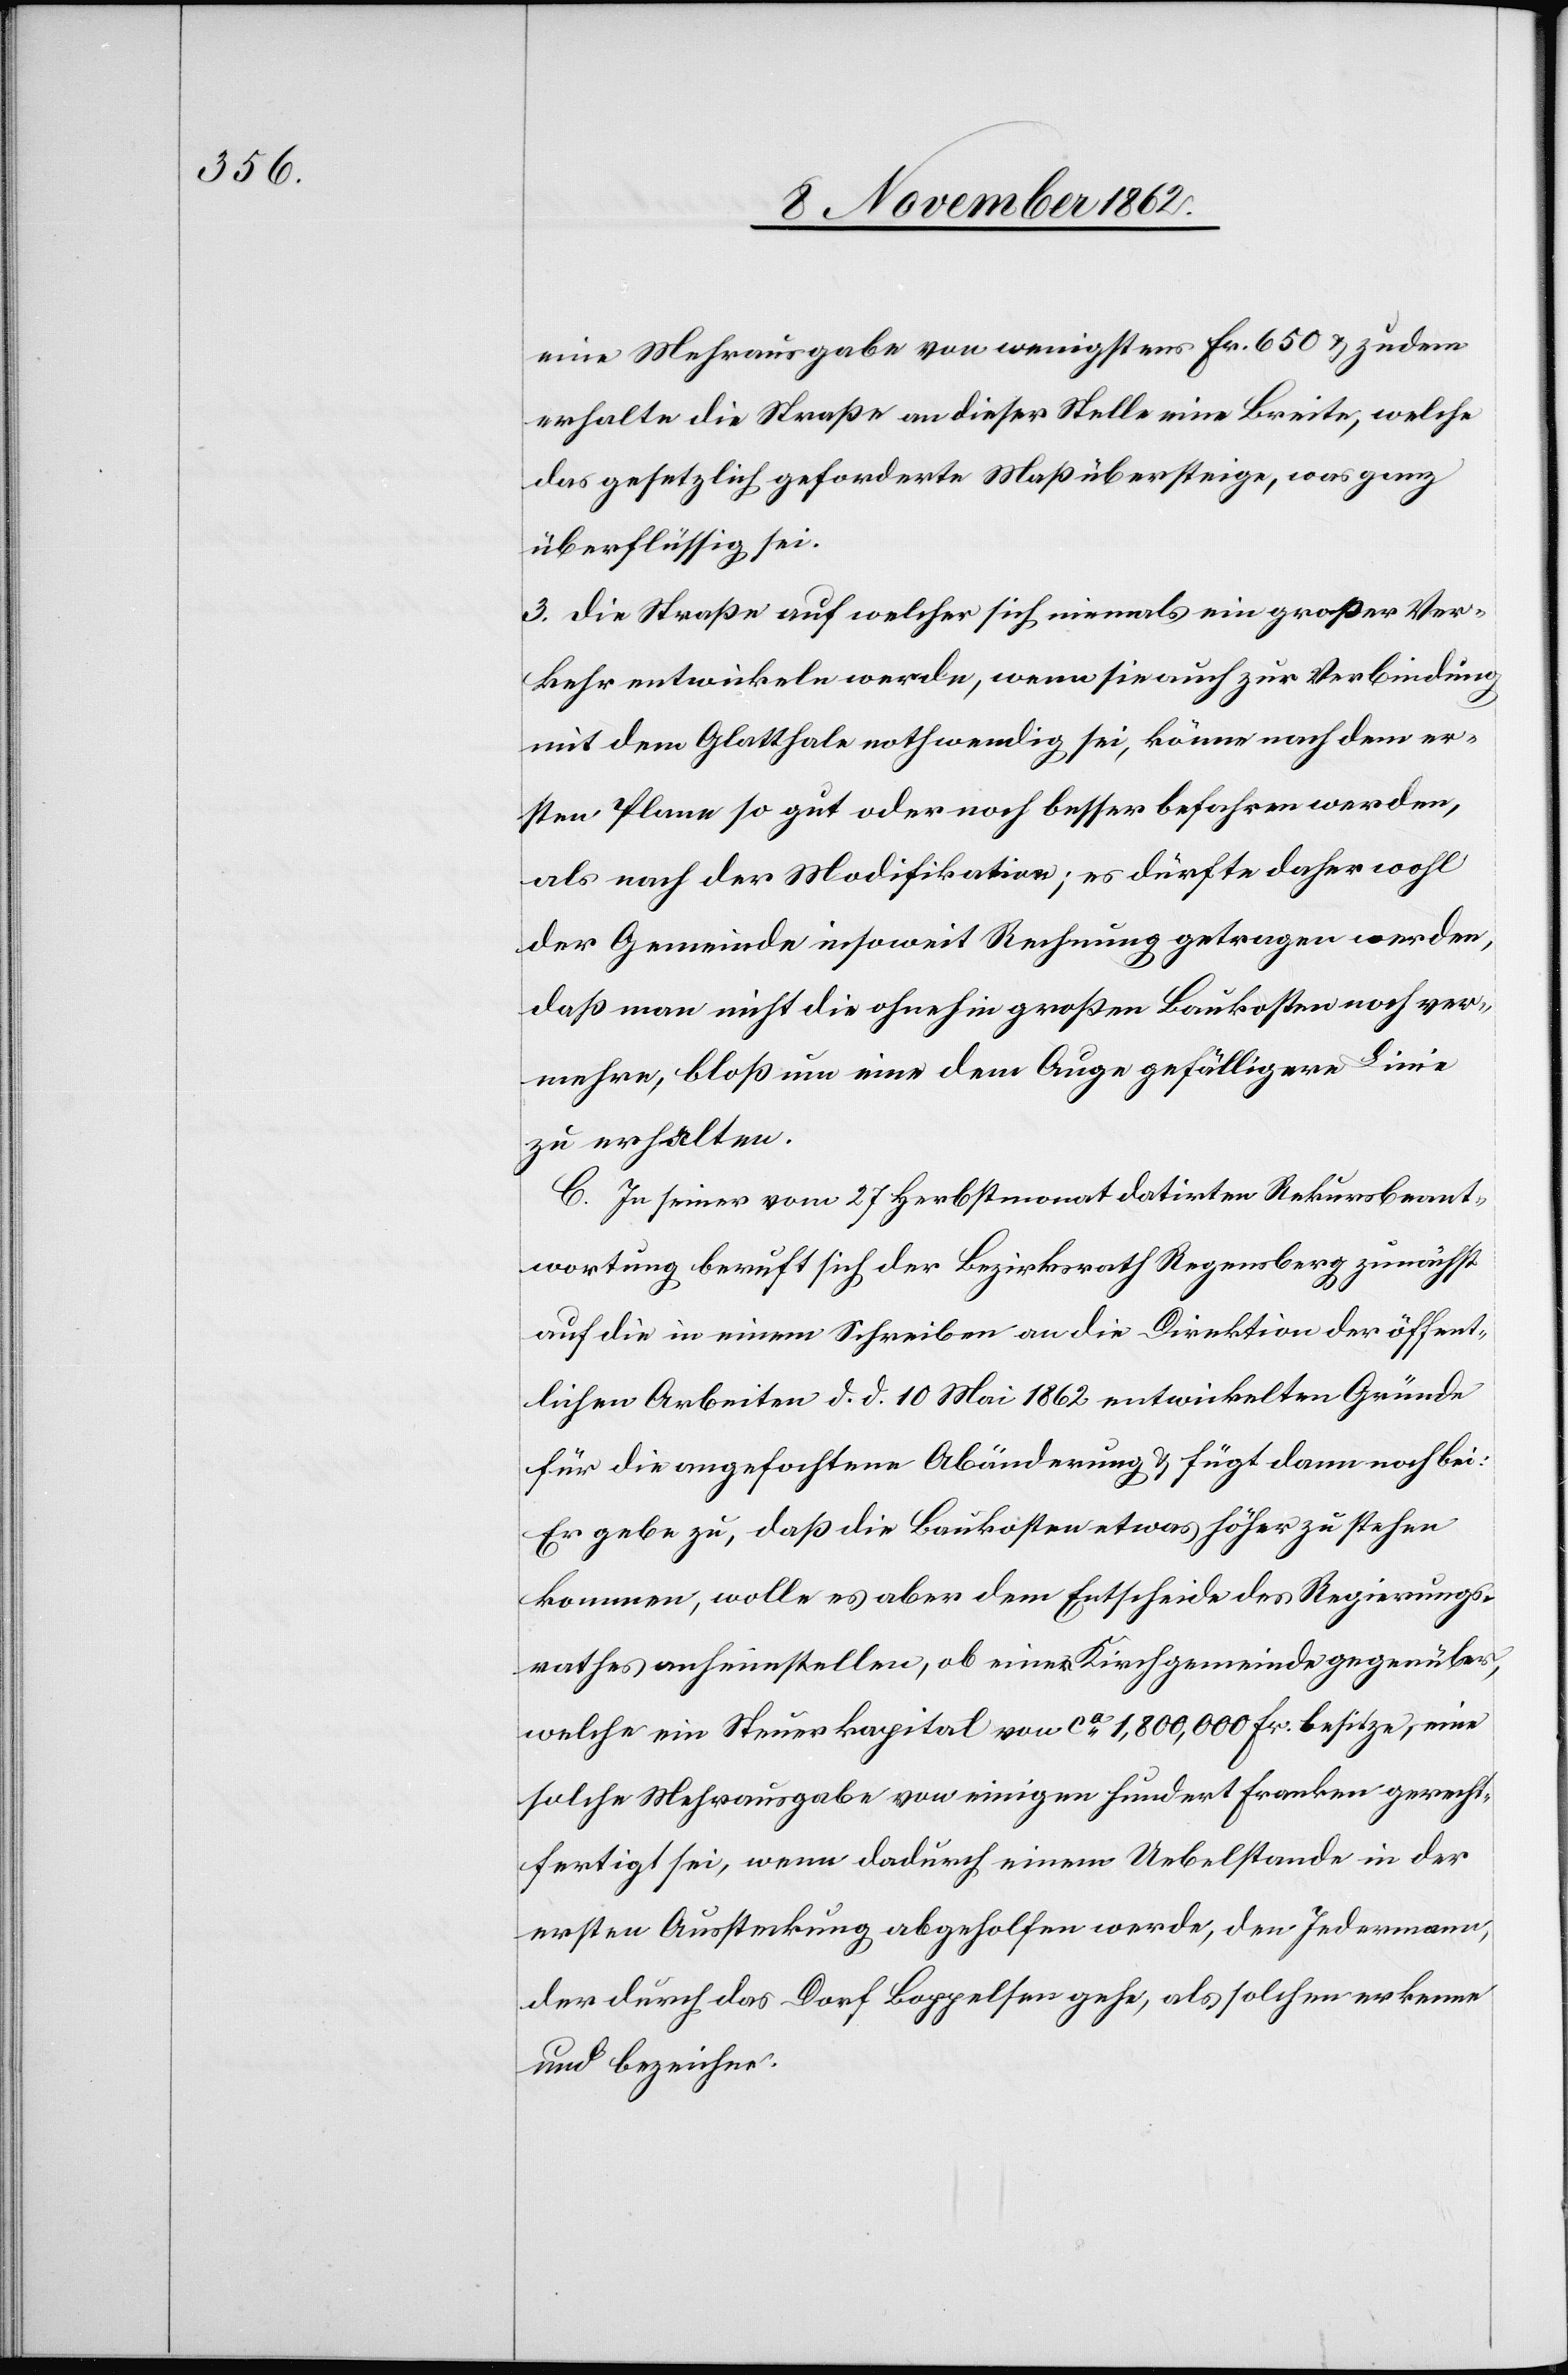
eine Mehrausgabe von wenigstens Fr. 650 u. zudem
erhalte die Straße an dieser Stelle eine Breite, welche
das gesetzlich geforderte Maß übersteige, was ganz
überflüssig sei.
3. Die Straße auf welcher sich niemals ein großer Ver¬
kehr entwickeln werde, wenn sie auch zur Verbindung
mit dem Glatthale nothwendig sei, könne nach dem er¬
sten Plane so gut oder noch besser befahren werden,
als nach der Modifikation; es dürfte daher wohl
der Gemeinde insoweit Rechnung getragen werden,
daß man nicht die ohnehin großen Baukosten noch ver¬
mehre, bloß um eine dem Auge gefälligere Linie
zu erhalten.
C. In seiner vom 27. Herbstmonat datirten Rekursbeant¬
wortung beruft sich der Bezirksrath Regensberg zunächst
auf die in einem Schreiben an die Direktion der öffent¬
lichen Arbeiten d. d. 10. Mai 1862 entwickelten Gründe
für die angefochtene Abänderung u. fügt dann noch bei:
Er gebe zu, daß die Baukosten etwas höher zu stehen
kommen, wolle es aber dem Entscheide des Regierungs¬
rathes anheimstellen, ob einer Kirchgemeinde gegenüber,
welche ein Steuerkapital von ca 1,800,000 Fr. besitze, eine
solche Mehrausgabe von einigen hundert Franken gerecht¬
fertigt sei, wenn dadurch einem Uebelstande in der
ersten Aussteckung abgeholfen werde, den Jedermann,
der durch das Dorf Boppelsen gehe, als solchen erkenne
und bezeichne.